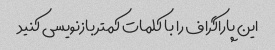
این پاراگراف را با کلمات کمتر بازنویسی کنید